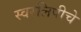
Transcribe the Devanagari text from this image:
स्वरलिपीचे